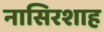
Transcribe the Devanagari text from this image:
नासिरशाह